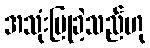
အသုံးပြုခဲ့သည်ဟု